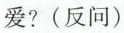
爱?(反问)